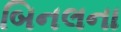
બિનલના